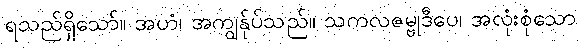
ရသည်ရှိသော်။ အဟံ၊ အကျွန်ုပ်သည်။ သကလဇမ္ဗုဒီပေ၊ အလုံးစုံသော